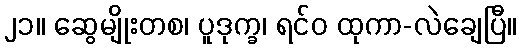
၂၁။ ဆွေမျိုးတစ၊ ပူဒုက္ခ၊ ရင်ဝ ထုကာ-လဲချေပြီ။